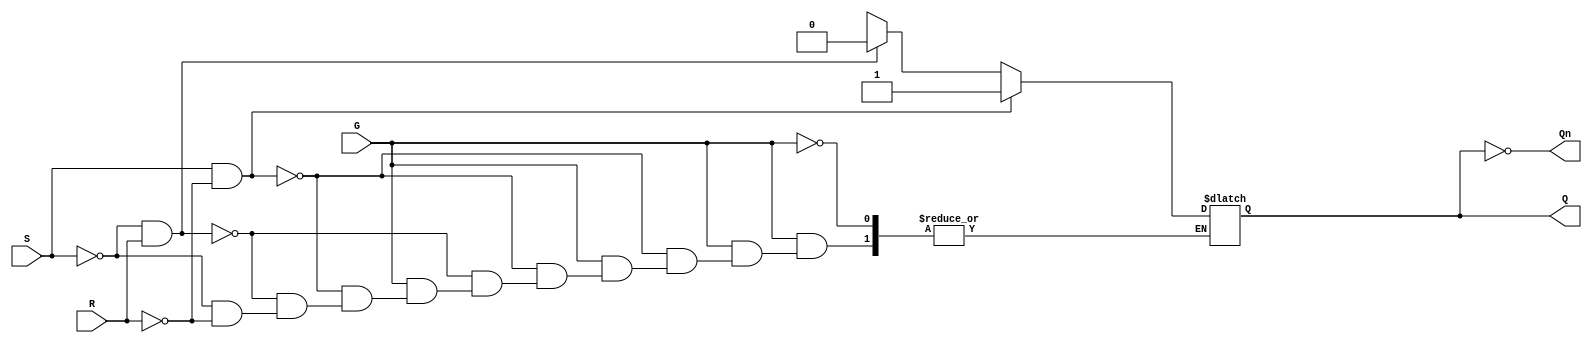
module gated_sr_latch (
    input wire S,      // Set input
    input wire R,      // Reset input
    input wire G,      // Gate input (enable)
    output reg Q,      // Output Q
    output wire Qn     // Complement of Q
);

    assign Qn = ~Q; // Q' is the complement of Q

    always @(*) begin
        if (G) begin
            if (S && !R) begin
                Q = 1;  // Set state
            end else if (!S && R) begin
                Q = 0;  // Reset state
            end else if (!S && !R) begin
                Q = Q;  // Hold state
            end else begin
                Q = 1'bx; // Invalid state (both S and R high)
            end
        end else begin
            Q = Q; // Hold state when G is low
        end
    end

endmodule